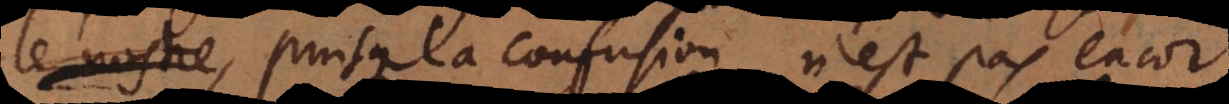
temps, puisque la confusion n’est pas encor